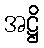
အဋ္ဌိ